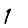
Digit: 1